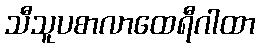
သီသူပစာလာထေရီဂါထာ